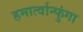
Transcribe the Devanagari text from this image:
हमार्त्वान्फुंगा